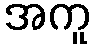
အကူ